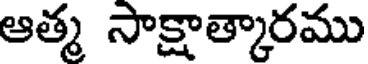
ఆత్మ సాక్షాత్కారము